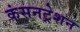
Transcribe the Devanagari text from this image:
कंसनट्रेशन